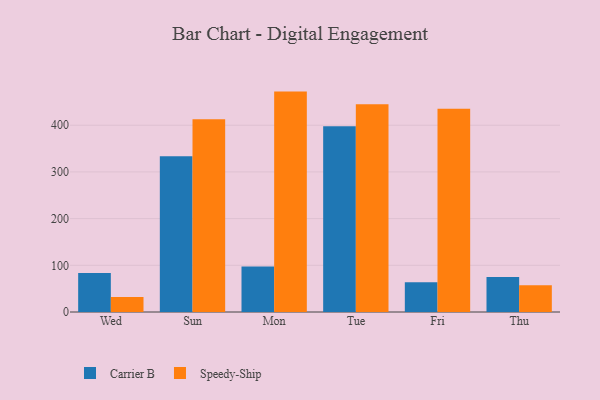
{"axis": {"x": "Day", "y": "Gross Profit (USD K)"}, "legend": ["Carrier B", "Speedy-Ship"], "data": [{"x": "Wed", "y": 83.3, "type": "Carrier B"}, {"x": "Wed", "y": 32.1, "type": "Speedy-Ship"}, {"x": "Sun", "y": 333.4, "type": "Carrier B"}, {"x": "Sun", "y": 412.6, "type": "Speedy-Ship"}, {"x": "Mon", "y": 97.3, "type": "Carrier B"}, {"x": "Mon", "y": 472.0, "type": "Speedy-Ship"}, {"x": "Tue", "y": 397.9, "type": "Carrier B"}, {"x": "Tue", "y": 445.1, "type": "Speedy-Ship"}, {"x": "Fri", "y": 63.6, "type": "Carrier B"}, {"x": "Fri", "y": 435.1, "type": "Speedy-Ship"}, {"x": "Thu", "y": 75.2, "type": "Carrier B"}, {"x": "Thu", "y": 57.2, "type": "Speedy-Ship"}]}